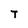
Character: T